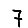
Digit: 7